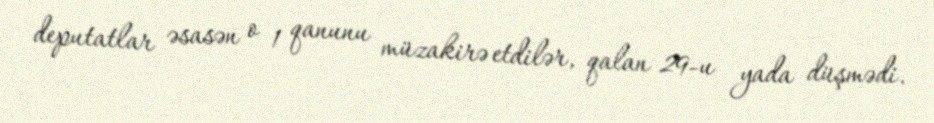
deputatlar əsasən o 1 qanunu müzakirə etdilər, qalan 29-u yada düşmədi.